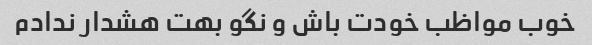
خوب مواظب خودت باش و نگو بهت هشدار ندادم